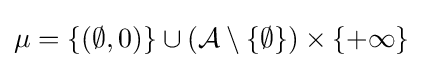
\mu =\{(\emptyset ,0)\}\cup ({\cal {A}}\setminus \{\emptyset \})\times \{+\infty \}